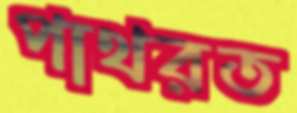
পাথরত